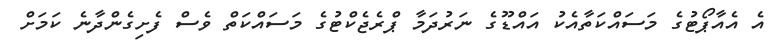
އެ އެއާޕޯޓުގެ މަސައްކަތާއެކު އައްޑޫގެ ނަރުދަމާ ޕްރެޖެކްޓުގެ މަސައްކަތް ވެސް ފެށިގެންދާނެ ކަމަށް